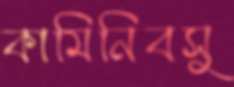
কামিনিবসু